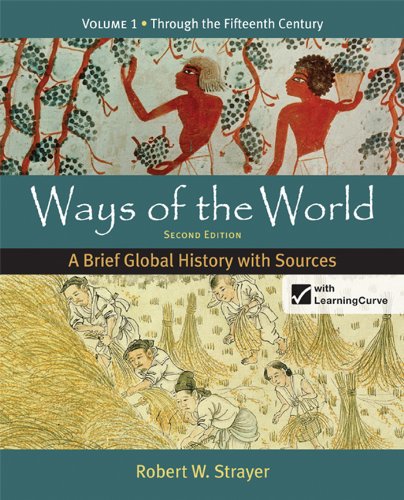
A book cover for Ways of the World: A Brief Global History with Sources, Volume 1; Robert W. Strayer; History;